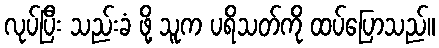
လုပ်ပြီး သည်းခံ ဖို့ သူက ပရိသတ်ကို ထပ်ပြောသည်။